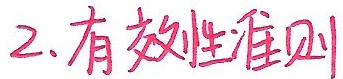
2. 有效性准则